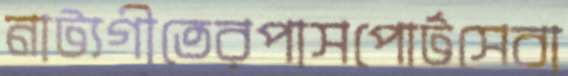
নাট্যগীতেরপাসপোর্টসেবা